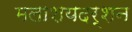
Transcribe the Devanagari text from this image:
मलाशयदर्शन